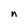
Character: n